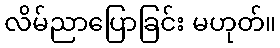
လိမ်ညာပြောခြင်း မဟုတ်။